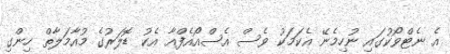
އެ ނެޓްވޯކުގައި ނުހިމެނޭ އެކަމަކު ވެސް އެސްއޯއެފްއާ އެކު ޑޮލަރުގެ މުއާމަލާތް ހިންގި